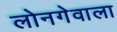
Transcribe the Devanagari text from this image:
लोनगेवाला